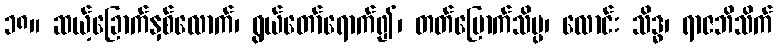
၁၈။ ဆယ့်ခြောက်နှစ်လောက်၊ ရွယ်တော်ရောက်၍၊ တတ်မြောက်သိပ္ပ၊ လောင်း သိဒ္ဓ၊ ရာဇဘိသိက်